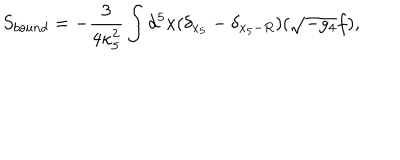
LaTeX: S _ { b o u n d } = - \frac { 3 } { 4 \kappa _ { 5 } ^ { 2 } } \int d ^ { 5 } x ( \delta _ { x _ { 5 } } - \delta _ { x _ { 5 } - R } ) ( \sqrt { - g _ { 4 } } f ) ,